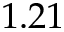
1 . 2 1